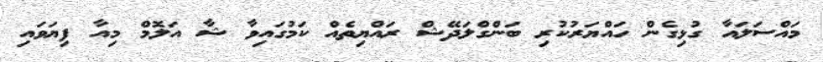
މައްސަލައާ ގުޅިގެން ހައްޔަރުކުރި ބަންގްލަދޭޝް ރައްޔިތެއް ކަމުގައިވާ ޝާ އަލޮމް މިއާ ފިޔަވައި